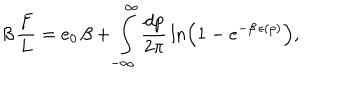
LaTeX: \beta \, { \frac { F } { L } } = e _ { 0 } \, \beta + \int _ { - \infty } ^ { \infty } { \frac { d p } { 2 \pi } } \ln \left( 1 - e ^ { - \beta \, \epsilon ( p ) } \right) ,